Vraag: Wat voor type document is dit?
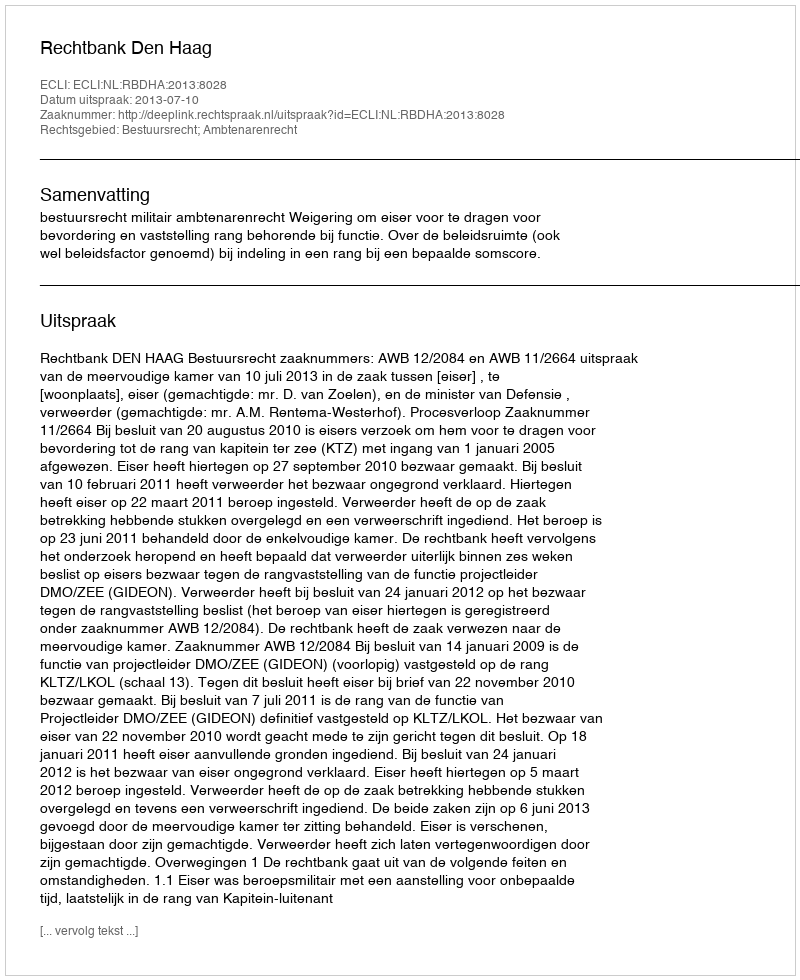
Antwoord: Uitspraak